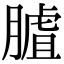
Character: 𦟰